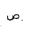
Letter: _sad